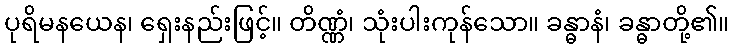
ပုရိမနယေန၊ ရှေးနည်းဖြင့်။ တိဏ္ဏံ၊ သုံးပါးကုန်သော။ ခန္ဓာနံ၊ ခန္ဓာတို့၏။